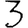
Digit: 3